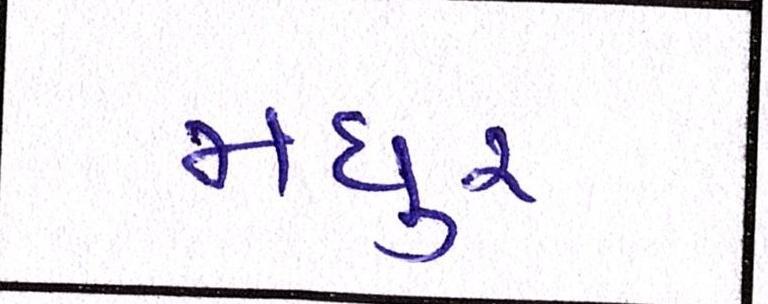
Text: મધુર